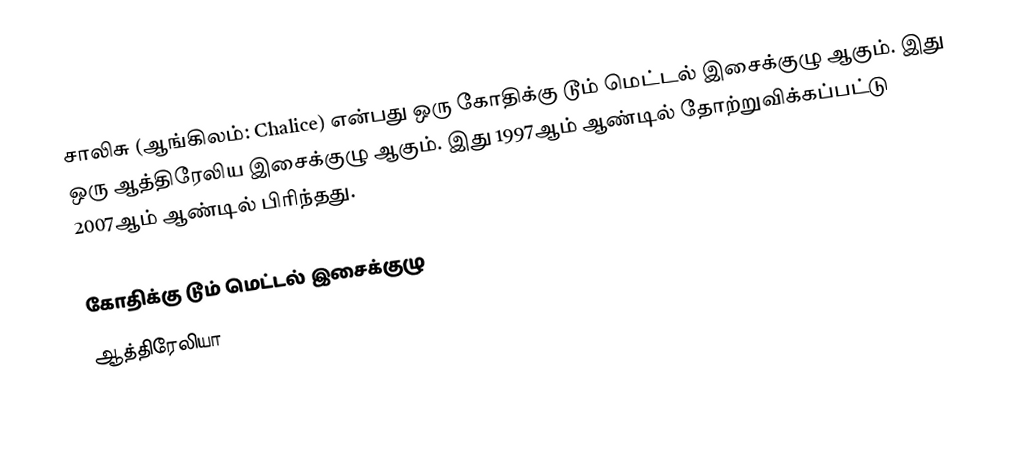
சாலிசு (ஆங்கிலம்: Chalice) என்பது ஒரு கோதிக்கு டூம் மெட்டல் இசைக்குழு ஆகும். இது ஒரு ஆத்திரேலிய இசைக்குழு ஆகும். இது 1997ஆம் ஆண்டில் தோற்றுவிக்கப்பட்டு 2007ஆம் ஆண்டில் பிரிந்தது.

கோதிக்கு டூம் மெட்டல் இசைக்குழு
ஆத்திரேலியா